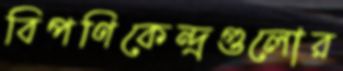
বিপণিকেন্দ্রগুলোর